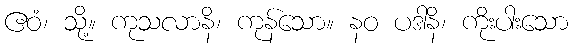
ဧဝံ၊ သို့။ ကုသလာနိ၊ ကုန်သော။ နဝ ပဒါနိ၊ ကိုးပါးသော